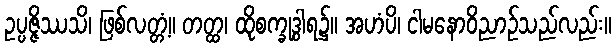
ဥပ္ပဇ္ဇိဿသိ၊ ဖြစ်လတ္တံ့။ တတ္ထ၊ ထိုစက္ခုဒွါရ၌။ အဟံပိ၊ ငါမနောဝိညာဉ်သည်လည်း။